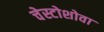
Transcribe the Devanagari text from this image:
चेस्टोशोवा